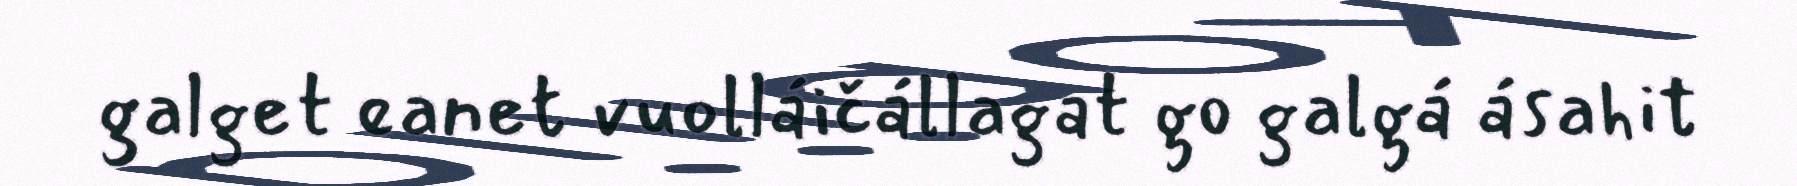
galget eanet vuolláičállagat go galgá ásahit